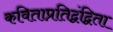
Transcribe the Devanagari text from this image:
कविताप्रतिद्वंद्विता